Annual administration report of the Civil Veterinary Department of India - 1895-1896
Year: 1895
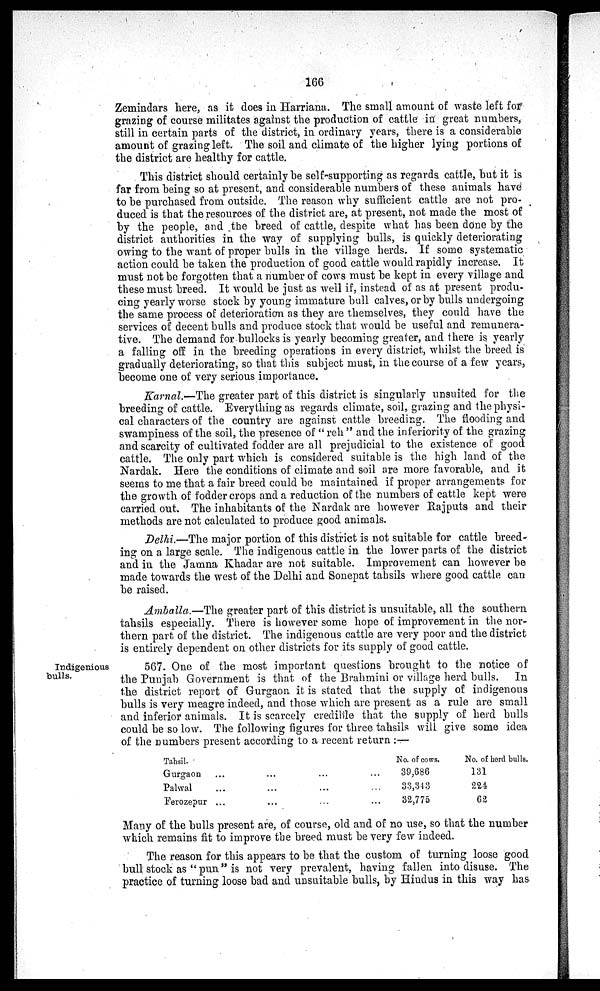
166
Zemindars here, as it does in Harriana. The small amount of waste left for
grazing of course militates against the production of cattle in great numbers,
still in certain parts of the district, in ordinary years, there is a considerable
amount of grazing left. The soil and climate of the higher lying portions of
the district are healthy for cattle.
This district should certainly be self-supporting as regards cattle, but it is
far from being so at present, and considerable numbers of these animals have
to be purchased from outside. The reason why sufficient cattle are not pro-
duced is that the resources of the district are, at present, not made the most of
by the people, and the breed of cattle, despite what has been done by the
district authorities in the way of supplying bulls, is quickly deteriorating
owing to the want of proper bulls in the village herds. If some systematic
action could be taken the production of good cattle would rapidly increase. It
must not be forgotten that a number of cows must be kept in every village and
these must breed. It would be just as well if, instead of as at present produ-
cing yearly worse stock by young immature bull calves, or by bulls undergoing
the same process of deterioration as they are themselves, they could have the
services of decent bulls and produce stock that would be useful and remunera-
tive. The demand for bullocks is yearly becoming greater, and there is yearly
a falling off in the breeding operations in every district, whilst the breed is
gradually deteriorating, so that this subject must, in the course of a few years,
become one of very serious importance.
Karnal.—The greater part of this district is singularly unsuited. for the
breeding of cattle. Everything as regards climate, soil, grazing and the physi-
cal characters of the country are against cattle breeding. The flooding and
swampiness of the soil, the presence of "reh" and the inferiority of the grazing
and scarcity of cultivated fodder are all prejudicial to the existence of good
cattle. The only part which is considered suitable is the high land of the
Nardak. Here the conditions of climate and soil are more favorable, and it
seems to me that a fair breed could be maintained if proper arrangements for
the growth of fodder crops and a reduction of the numbers of cattle kept were
carried out. The inhabitants of the Nardak are however Rajputs and their
methods are not calculated to produce good animals.
Delhi.—The major portion of this district is not suitable for cattle breed-
ing on a large scale. The indigenous cattle in the lower parts of the district
and in the Jamna Khadar are not suitable. Improvement can however be
made towards the west of the Delhi and Sonepat tahsils where good cattle can
be raised.
Amballa.—The greater part of this district is unsuitable, all the southern
tahsils especially. There is however some hope of improvement in the nor-
thern part of the district. The indigenous cattle are very poor and the district
is entirely dependent on other districts for its supply of good cattle.
Indigenious
bulls.
567. One of the most important questions brought to the notice of
the Punjab Government is that of the Brahmini or village herd bulls. In
the district report of Gurgaon it is stated that the supply of indigenous
bulls is very meagre indeed, and those which are present as a rule are small
and inferior animals. It is scarcely credible that the supply of herd bulls
could be so low. The following figures for three tahsils will give some idea
of the numbers present according to a recent return:—
Tahsil.
Gurgaon
Palwal
Ferozepur
...
...
...
...
...
...
...
...
...
...
...
...
No. of cows.
39,686
33,343
32,775
No. of herd bulls.
131
224
62
Many of the bulls present are, of course, old and of no use, so that the number
which remains fit to improve the breed must be very few indeed.
The reason for this appears to be that the custom of turning loose good
bull stock as "pun" is not very prevalent, having fallen into disuse. The
practice of turning loose bad and unsuitable bulls, by Hindus in this way has